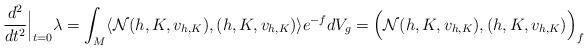
LaTeX: \begin{align*} \frac{d^2}{dt^2}\Big|_{t=0}\lambda=\int_M \langle \mathcal{N}(h,K,v_{h,K}),(h,K,v_{h,K}) \rangle e^{-f}dV_g=\Big(\mathcal{N}(h,K,v_{h,K}),(h,K,v_{h,K})\Big)_{f}\end{align*}